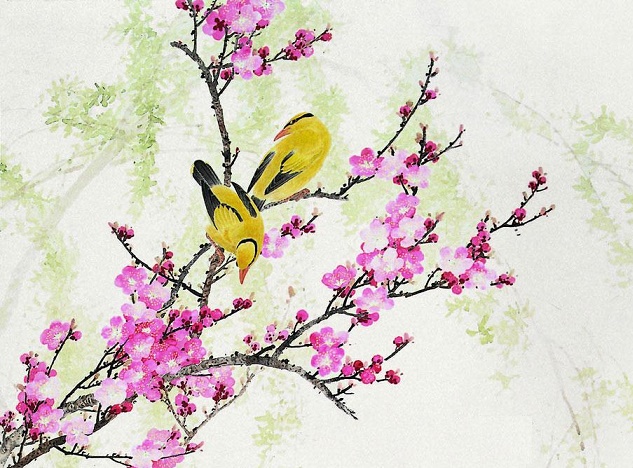
绿杨烟外晓寒轻，红杏枝头春意闹。